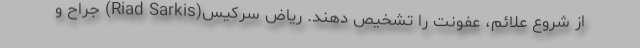
از شروع علائم، عفونت را تشخیص دهند. ریاض سرکیس(Riad Sarkis) جراح و